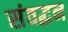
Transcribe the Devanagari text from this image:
संवद्धन